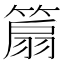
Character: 𥰢